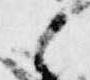
之